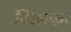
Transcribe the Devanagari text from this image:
निरखकर